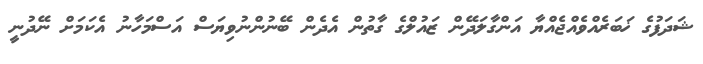
ޝަދަފުގެ ޚަބަރެއްވެއްޖެއްޔާ އަންގާލަދޭން ޒައުލްގެ ގާތުން އެދެން ބޭނުންނުވިޔަސް އަސްމަހާނު އެކަމަށް ނޭދުނީ